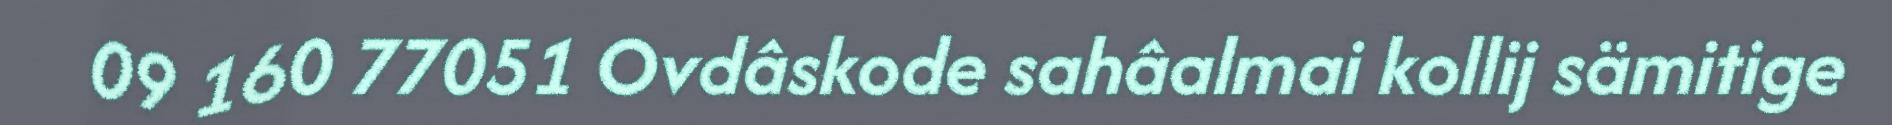
09 160 77051 Ovdâskode sahâalmai kollij sämitige